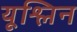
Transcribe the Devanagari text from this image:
यूश्लिन